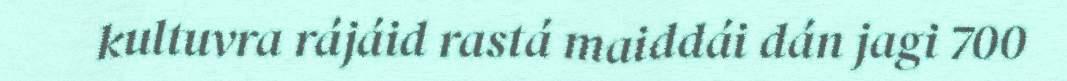
kultuvra rájáid rastá maiddái dán jagi 700